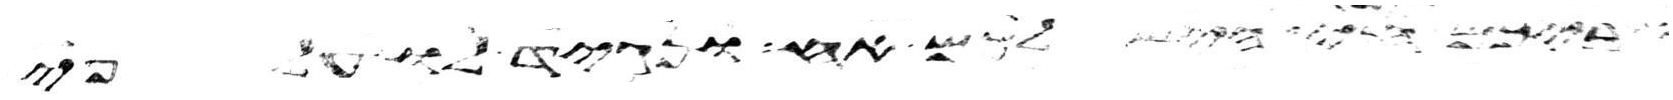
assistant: חי היש לכם אח ונגיד לו על פי